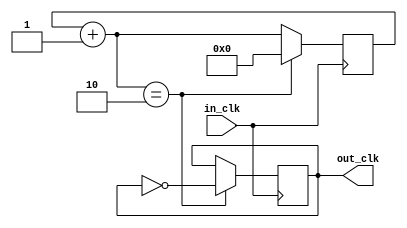
`timescale 1ns / 1ps
//////////////////////////////////////////////////////////////////////////////////
// Company: 
// Engineer: 
// 
// Design Name: 
// Module Name: clock_div
// Project Name: 
// Target Devices: 
// Tool Versions: 
// Description: 
// 
// Dependencies: 
// 
// Revision:
// Revision 0.01 - File Created
// Additional Comments:
// 
//////////////////////////////////////////////////////////////////////////////////


module Clock_divider(
    input in_clk, 
    output reg out_clk);
	
	reg[32:0] count;

	initial begin
		count = 0;
		out_clk = 0;
	end
	
	always @(negedge in_clk)
	begin
		count = count + 1;
		if (count == 2) begin
			out_clk <= ~out_clk;
			count <= 0;
			end
	end


endmodule